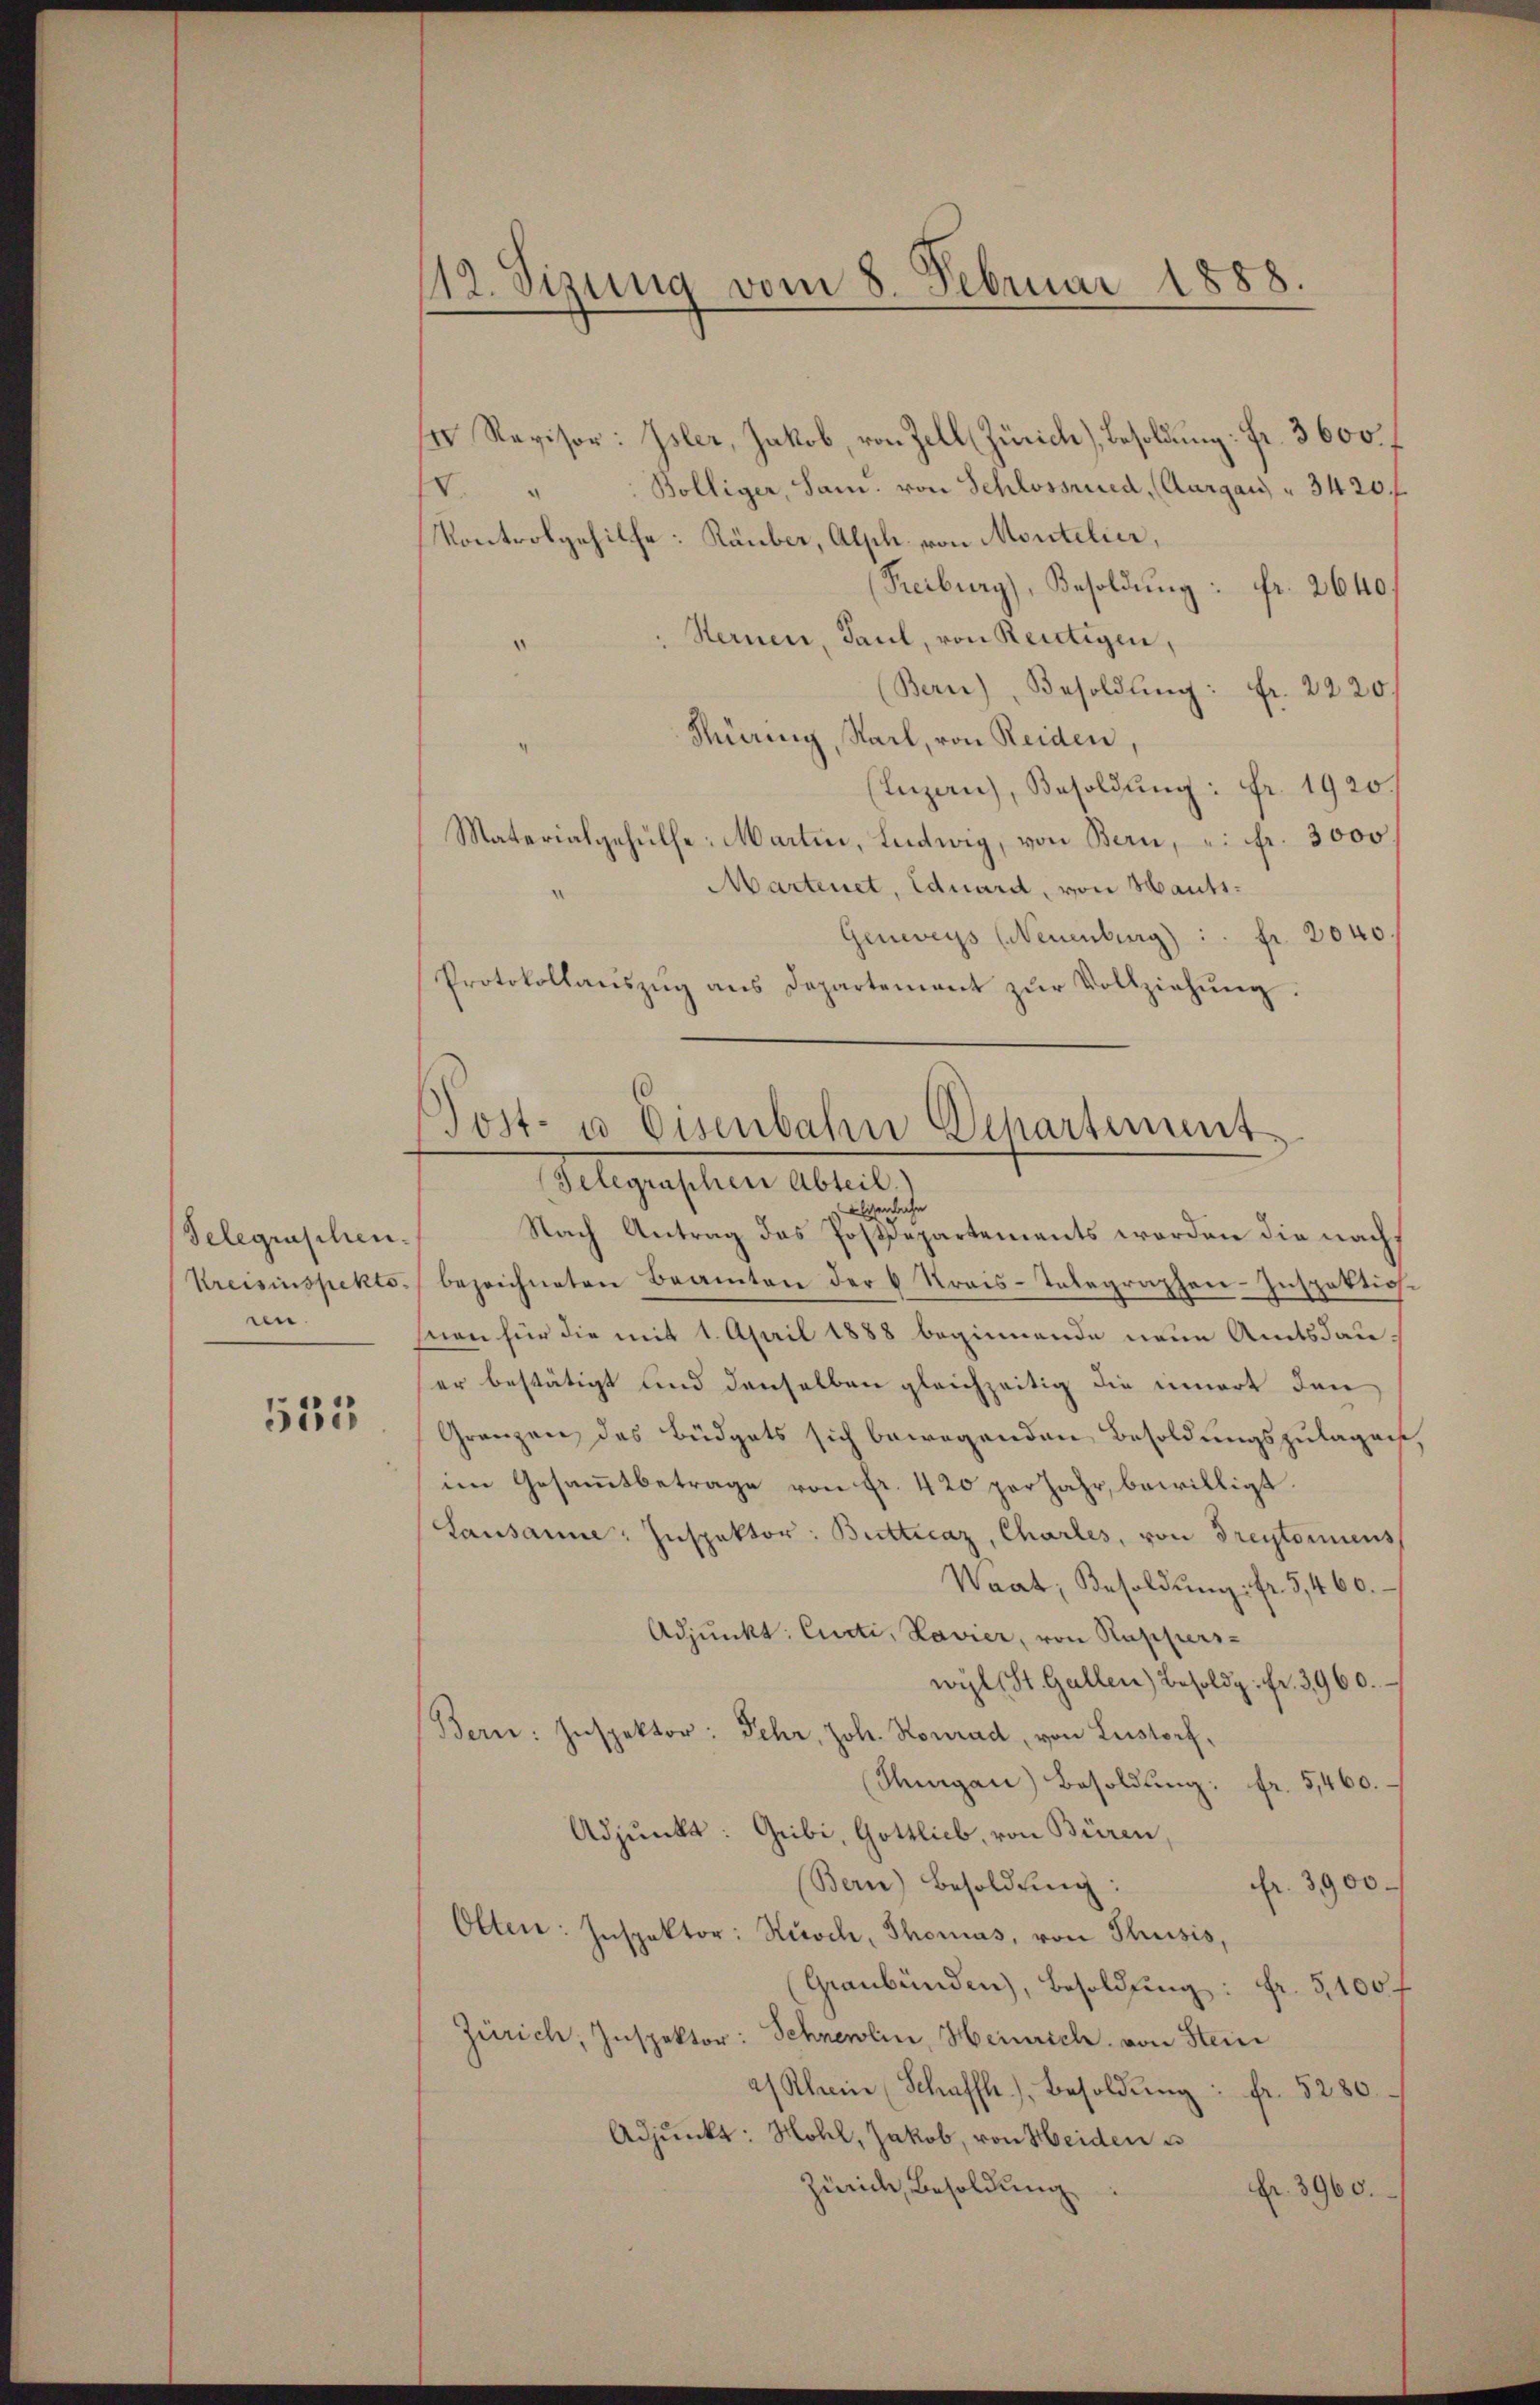
Selegraschen.
Kreisinspekto
n

533

112. Sizung vom 8. Februar 1888.

Revisor: Isler, Jakob, von Zell (Zürich), Besoldung: Fr. 3600.
Bölliger, Sam. von Schlossried, (Aargau " 3420. f.
IV.
Kontrolgehilfe: Räuber, Alph. von Montelier,
(Freiburg), Besoldung: Fr. 2640
Sternen, Paul, von Reutigen,
W
(Bern), Besoldung: Fr. 2220,
Hüning, Stack, von Reiden,
(Inzan), Besoldung: Fr. 1920.
Materialgehülfe. Martin, Ludwig, von Bern, ein fr. 3000
Martenet, Eduard, von Hauts¬
Genwegs (Neuenburg) :. fr. 2040
Protokollaŭszŭg ans Departement zŭr Vollziehŭng
Elisenbahn
Nach Antrag das Postdepartements worden die nach
bezeichneten Beamten der 6 Krais-Telegraphen-Inspektios.
non für die mit 1. April 1888 beginnende neue Amtsdauer bestätigt und denselben gleichzeitig die innert den
Gränzen des Büdgets sich bewegenden Besoldungszulagen.
im Gesamtbetrage von Fr. 420 per Jahr, bewilligt.
Lausanne: Inspektor: Buttecaz, Charles, von Freytorens,
Waat, Besoldŭng fr. 3460.
Adjunkt: Curti, Lavier, von Rapperswil St. Gallen) Besold. fr. 3960.
Bern: Inspektor: Fehr, Joh. Konrad von Leistorf,
(Thurgau) Besoldung: fr. 5460.
Adjunkt: Gibi, Gottlieb, von Büren,
(Bern) Besoldŭng:
Fr. 3900
Olten: Inspektor: Kirch, Thomas, von Thusis,
Graubünden, Besoldung: Fr. 5100f
Zürich, Inspektor: Schneelin, Heinrich von Stein
as Klein (Schaffh), Besoldŭng : fr. 5280.
Adjunkt: Hohl, Jakob, von Heiden u
Zürich, Besoldung
Fr. 3960.

Post- u Eisenbahn Departement
Telegraschen Abteil.)